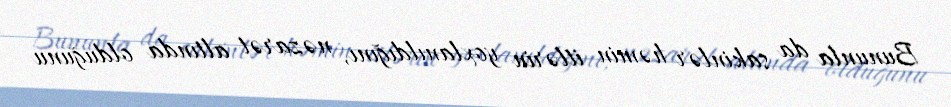
Bununla da sakinlər həmin itlərin yoxlanıldığını, nəzarət altında olduğunu